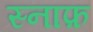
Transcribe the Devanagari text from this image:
स्नाफ़